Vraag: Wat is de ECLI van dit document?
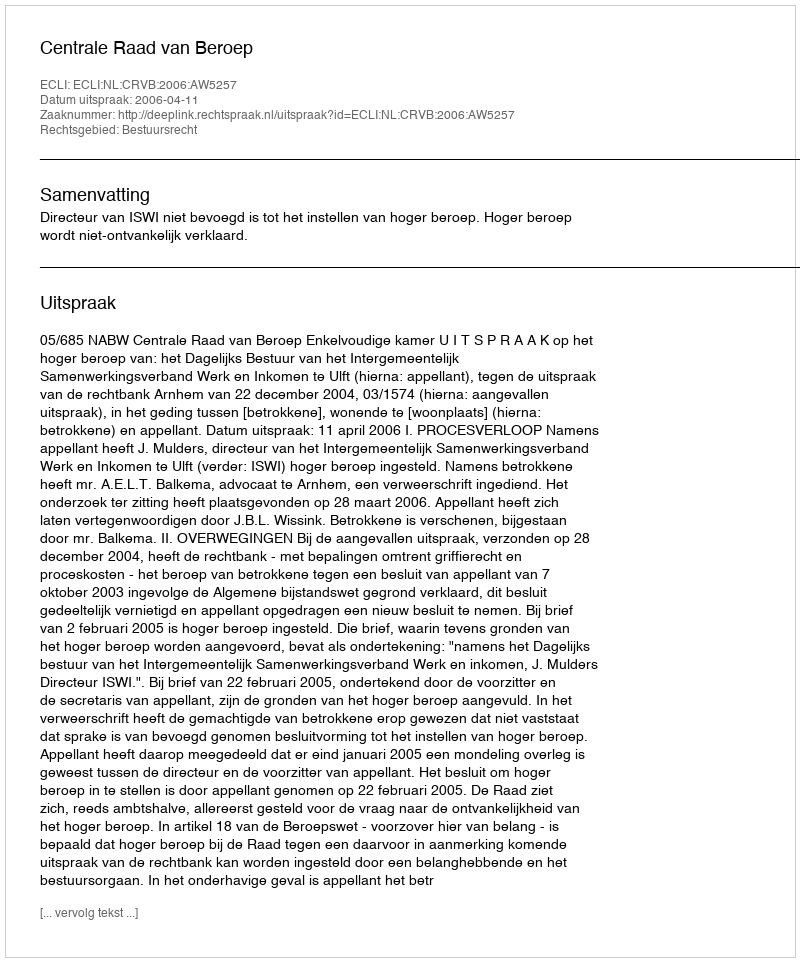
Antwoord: ECLI:NL:CRVB:2006:AW5257